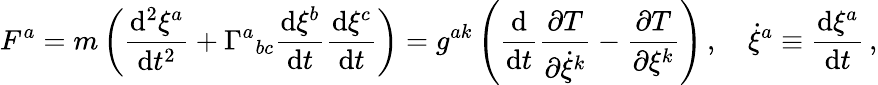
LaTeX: F^{a}=m\left({\frac{\mathrm{d}^{2}\xi^{a}}{\mathrm{d}t^{2}}}+\Gamma^{a}{}_{bc}{\frac{\mathrm{d}\xi^{b}}{\mathrm{d}t}}{\frac{\mathrm{d}\xi^{c}}{\mathrm{d}t}}\right)=g^{ak}\left({\frac{\mathrm{d}}{\mathrm{d}t}}{\frac{\partial T}{\partial{\dot{\xi}}^{k}}}-{\frac{\partial T}{\partial\xi^{k}}}\right)\, ,\quad{\dot{\xi}}^{a}\equiv{\frac{\mathrm{d}\xi^{a}}{\mathrm{d}t}}\, ,